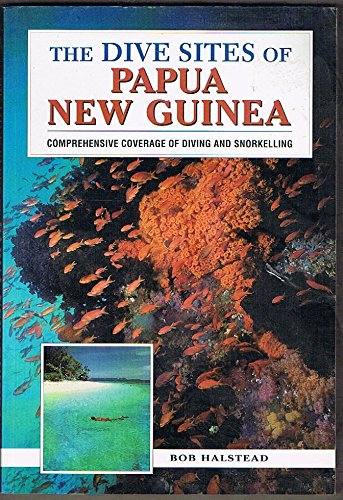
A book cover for The dive sites of Papua New Guinea; BOB HALSTEAD; Travel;